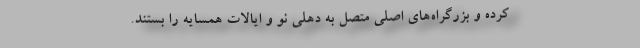
کرده و بزرگراه‌های اصلی متصل به دهلی نو و ایالات همسایه را بستند.